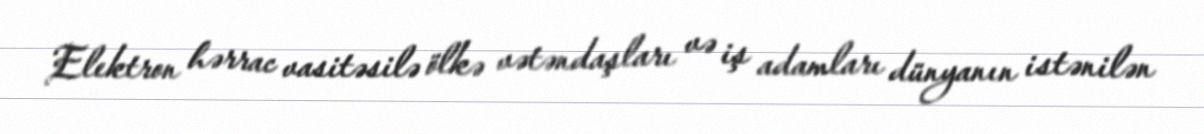
Elektron hərrac vasitəsilə ölkə vətəndaşları və iş adamları dünyanın istənilən